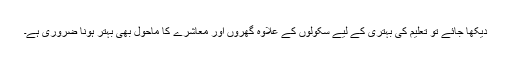
دیکھا جائے تو تعلیم کی بہتری کے لیے سکولوں کے علاوہ گھروں اور معاشرے کا ماحول بھی بہتر ہونا ضروری ہے۔